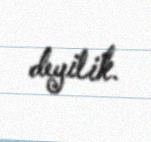
deyilik.